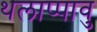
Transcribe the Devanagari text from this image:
थलाप्पावु